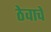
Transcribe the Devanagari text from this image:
ठेवाचे